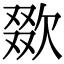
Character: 欼